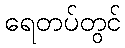
ရေတပ်တွင်